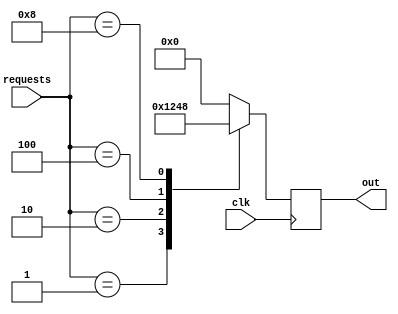
module priority_arbiter_4bit (
  input  [3:0] requests,  // 4-bit talep girii
  input clk,             // Clock sinyali
  output  [3:0] out      // 4-bit izin sinyali k
);
  reg [3:0] grant=0;      // 4-bit izin sinyali, varsaylan olarak sfr olarak balatlyor.

  always @(posedge clk) begin
    case (requests)
      4'b0001: grant = 4'b0001;  // Talep 0 iin ncelik: zin 0001 olarak ayarlanyor.
      4'b0010: grant = 4'b0010;  // Talep 1 iin ncelik: zin 0010 olarak ayarlanyor.
      4'b0100: grant = 4'b0100;  // Talep 2 iin ncelik: zin 0100 olarak ayarlanyor.
      4'b1000: grant = 4'b1000;  // Talep 3 iin ncelik: zin 1000 olarak ayarlanyor.
      default:   grant = 4'b0000;  // Varsaylan: Hibir talep kabul edilmediinde izin sfrlanyor.
    endcase
  end

  assign out=grant;  // zin sinyali ka atanyor.
endmodule